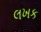
લખક